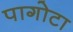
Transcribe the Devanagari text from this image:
पागोटा